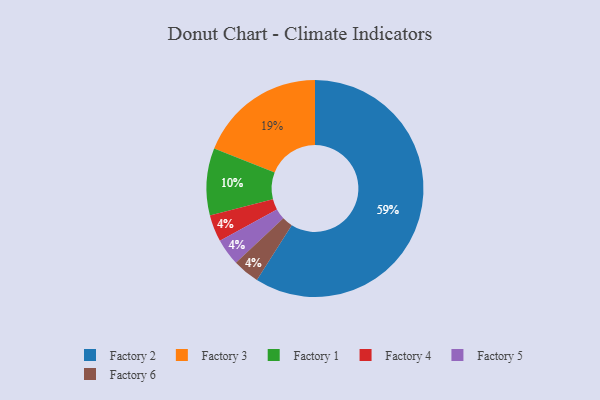
{"axis": {"x": "Category", "y": "Percentage"}, "legend": ["Factory 1", "Factory 2", "Factory 3", "Factory 4", "Factory 5", "Factory 6"], "data": [{"x": "Factory 4", "y": 4, "type": "Factory 4"}, {"x": "Factory 5", "y": 4, "type": "Factory 5"}, {"x": "Factory 6", "y": 4, "type": "Factory 6"}, {"x": "Factory 3", "y": 19, "type": "Factory 3"}, {"x": "Factory 1", "y": 10, "type": "Factory 1"}, {"x": "Factory 2", "y": 59, "type": "Factory 2"}]}